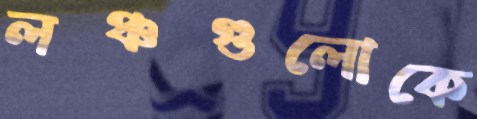
লঞ্চগুলোকে